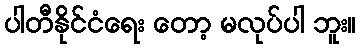
ပါတီနိုင်ငံရေး တော့ မလုပ်ပါ ဘူး။